Indian Civil Veterinary Department memoirs
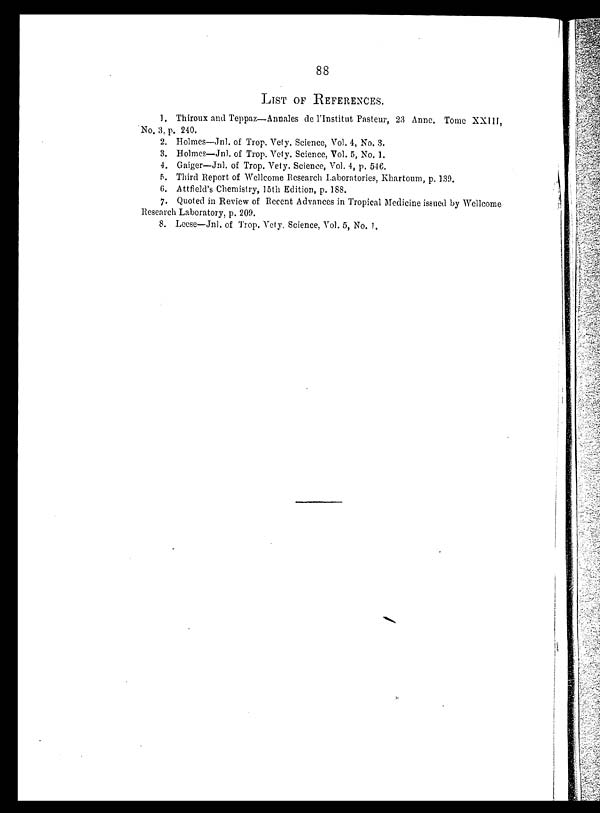
88
LIST OF REFERENCES.
1. Thiroux and Teppaz—Annales de l'Institut Pasteur, 23 Anne. Tome XXIII,
No. 3, p. 240.
2. Holmes—Jnl. of Trop. Vety. Science, Vol. 4, No. 3.
3. Holmes—Jnl. of Trop. Vety. Science, Vol. 5, No. 1.
4. Gaiger—Jnl. of Trop. Vety. Science, Vol. 4, p. 546.
5. Third Report of Wellcome Research Laboratories, Khartoum, p. 139.
6. Attfield's Chemistry, 15th Edition, p. 188.
7. Quoted in Review of Recent Advances in Tropical Medicine issued by Wellcome
Research Laboratory, p. 209.
8. Leese—Jnl. of Trop. Vety. Science, Vol. 5, No. 1.